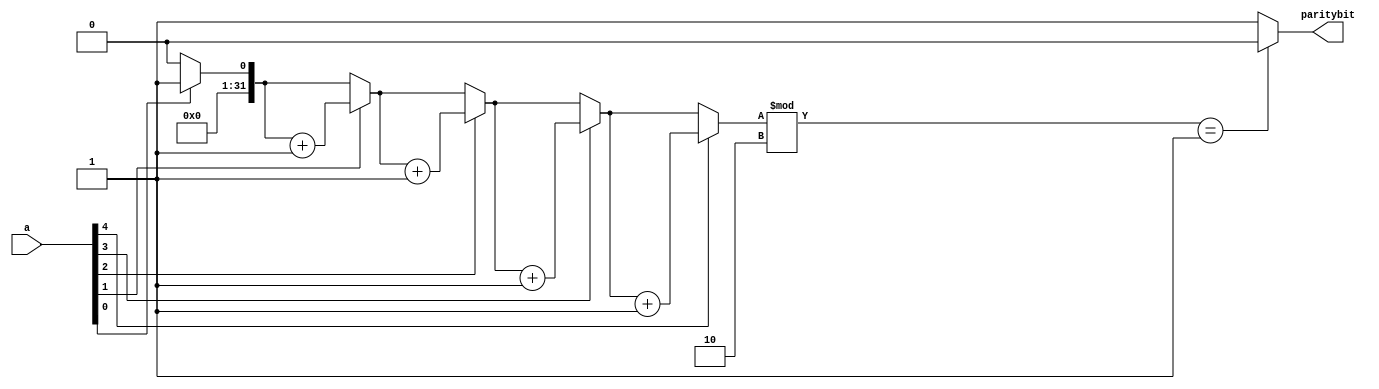
//ODD Parity

module odd_parity(a,paritybit);
  parameter N=5;
  input [N-1:0]a;
  output reg paritybit;
  integer i,count;
  
  always@*
    begin
      count=0;
      for(i=0; i<=N-1; i=i+1)
        begin
          if(a[i])
            count=count+1'b1;
        end
      if(count%2==1'b1)
        paritybit=1'b0;
      else
        paritybit=1'b1;
        
    end
endmodule
          
//testbench 
`timescale 1ns/1ns
module test;
   parameter N=5;
  reg [N-1:0]a;
  wire paritybit;
  
  odd_parity ins1(a,paritybit);
  
  initial begin 
       a=3;
    #5 a=9;
    #5 a=7;
    #5 a=17;
    #5 a=19;
  
  end
  
  initial 
    $monitor("a=%b,paritybit=%b",a,paritybit);
endmodule